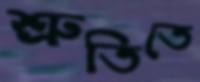
শ্রুতিতে